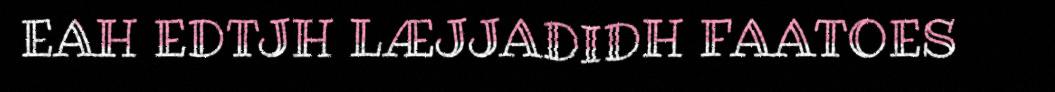
EAH EDTJH LÆJJADIDH FAATOES